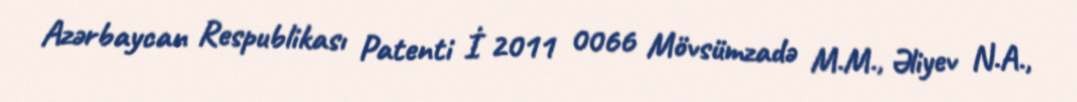
Azərbaycan Respublikası Patenti İ 2011 0066 Mövsümzadə M.M., Əliyev N.A.,